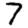
Digit: 7